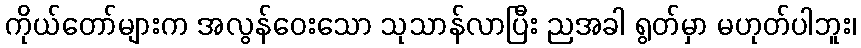
ကိုယ်တော်များက အလွန်ဝေးသော သုသာန်လာပြီး ညအခါ ရွတ်မှာ မဟုတ်ပါဘူး၊